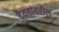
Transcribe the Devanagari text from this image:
दैवतांवरील